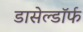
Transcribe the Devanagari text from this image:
डासेल्डॉर्फ